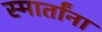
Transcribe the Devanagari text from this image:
स्मार्तांना